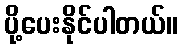
ပို့ပေးနိုင်ပါတယ်။